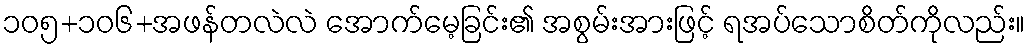
၁၀၅+၁၀၆+အဖန်တလဲလဲ အောက်မေ့ခြင်း၏ အစွမ်းအားဖြင့် ရအပ်သောစိတ်ကိုလည်း။